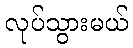
လုပ်သွားမယ်